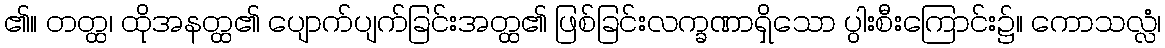
၏။ တတ္ထ၊ ထိုအနတ္ထ၏ ပျောက်ပျက်ခြင်းအတ္ထ၏ ဖြစ်ခြင်းလက္ခဏာရှိသော ပွါးစီးကြောင်း၌။ ကောသလ္လံ၊